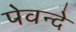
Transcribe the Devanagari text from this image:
पेवन्दे